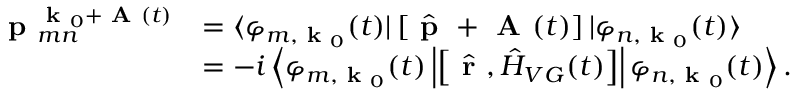
\begin{array} { r l } { \textbf { p } _ { m n } ^ { \textbf { k } _ { 0 } + \textbf { A } ( t ) } } & { = \langle \varphi _ { m , \textbf { k } _ { 0 } } ( t ) | \left[ \hat { \textbf { p } } + \textbf { A } ( t ) \right] | \varphi _ { n , \textbf { k } _ { 0 } } ( t ) \rangle } \\ & { = - i \left\langle \varphi _ { m , \textbf { k } _ { 0 } } ( t ) \left| \left[ \hat { \textbf { r } } , \hat { H } _ { V G } ( t ) \right] \right| \varphi _ { n , \textbf { k } _ { 0 } } ( t ) \right\rangle . } \end{array}